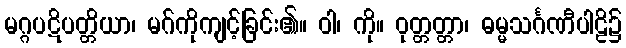
မဂ္ဂပဋိပတ္တိယာ၊ မဂ်ကိုကျင့်ခြင်း၏။ ဝါ၊ ကို။ ဝုတ္တတ္တာ၊ ဓမ္မသင်္ဂဏီပါဠိ၌